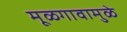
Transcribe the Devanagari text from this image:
मूळगावामुळे